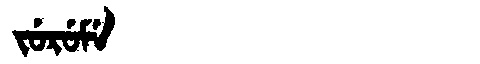
Manchu: ᠵᡠᡵᡠᠮᡝ
Romanization: JURUME